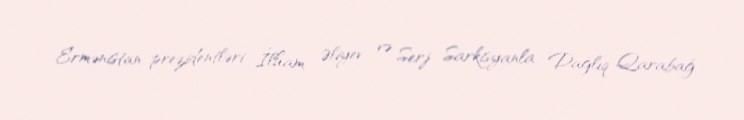
Ermənistan prezidentləri İlham Əliyev və Serj Sarkisyanla Dağlıq Qarabağ